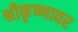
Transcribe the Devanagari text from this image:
श्रीकृष्णावर